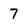
Character: 7